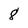
Character: 8